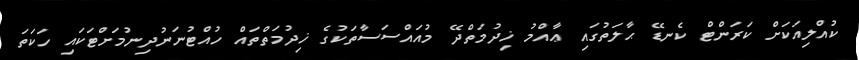
ކުއްލިއަކަށް ކަރަންޓް ކެނޑޭ ޙާލަތުގައި ޢާއްމު ޚިދުމަތްދޭ މުއައްސަސާތަކުގެ ޚިދުމަތްތައް ހުއްޓުނަނުދިނުމަށްޓަކައި ހަކަތަ